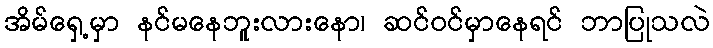
အိမ်ရှေ့မှာ နင်မနေဘူးလားနော၊ ဆင်ဝင်မှာနေရင် ဘာပြုသလဲ